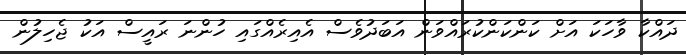
ދައްކާ ވާހަކަ އަށް ކަންކަންކުރައްވަން އަބަދުވެސް އެއިރެއްގައި ހުންނަ ރައީސް އަކު ޖެހިލުން